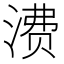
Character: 𬈕